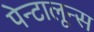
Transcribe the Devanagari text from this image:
पेन्टालून्स